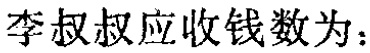
李叔叔应收钱数为：